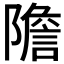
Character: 𨼮